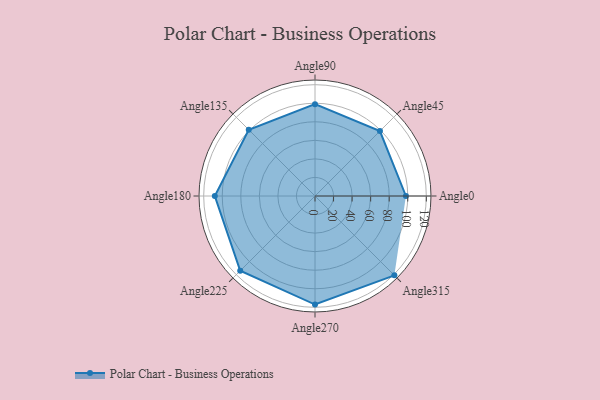
{"axis": {"x": "Angle", "y": "Radius"}, "legend": [""], "data": [{"x": "Angle0", "y": 98.0, "type": ""}, {"x": "Angle45", "y": 99.0, "type": ""}, {"x": "Angle90", "y": 99.0, "type": ""}, {"x": "Angle135", "y": 101.0, "type": ""}, {"x": "Angle180", "y": 108.0, "type": ""}, {"x": "Angle225", "y": 114.0, "type": ""}, {"x": "Angle270", "y": 117.0, "type": ""}, {"x": "Angle315", "y": 121.0, "type": ""}]}